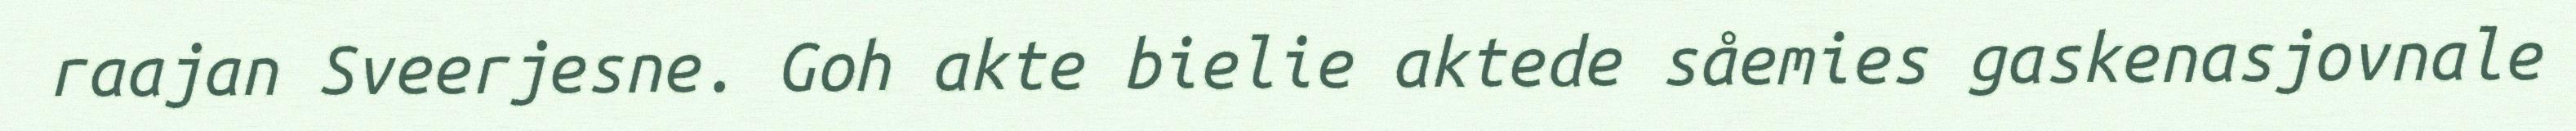
raajan Sveerjesne. Goh akte bielie aktede såemies gaskenasjovnale